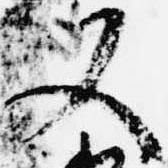
又